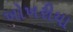
ખોખરીયા